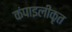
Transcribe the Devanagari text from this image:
कंपाइलीकृत